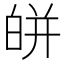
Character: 皏